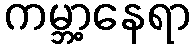
ကမ္ဘာ့နေရာ